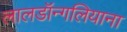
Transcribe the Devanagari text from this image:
लालडॉन्गलियाना